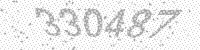
Solution: 330487